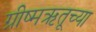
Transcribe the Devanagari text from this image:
ग्रीष्मऋतूच्या